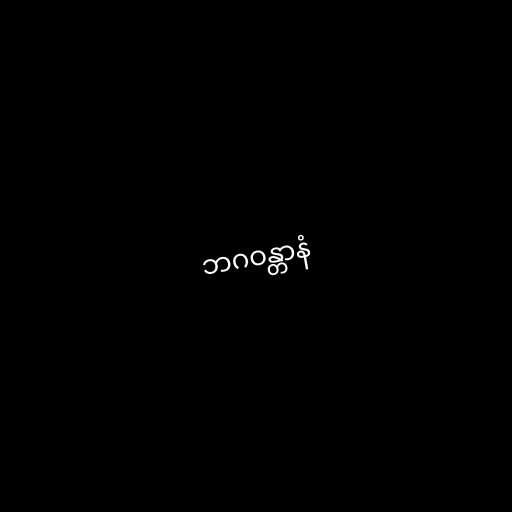
ဘဂဝန္တာနံ